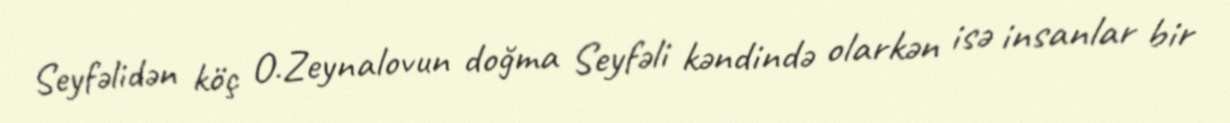
Seyfəlidən köç O.Zeynalovun doğma Seyfəli kəndində olarkən isə insanlar bir